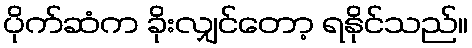
ပိုက်ဆံက ခိုးလျှင်တော့ ရနိုင်သည်။